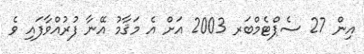
އިން 27 ސެޕްޓެމްބަރ 2003 އަށް އެ މަޤާމު އޭނާ ފުރުއްވާފައި ވެ